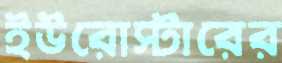
ইউরোস্টারের